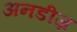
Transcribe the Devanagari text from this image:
अनडीज़